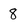
Character: 8